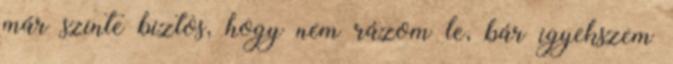
már szinte biztos, hogy nem rázom le, bár igyekszem